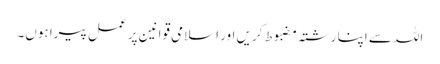
اللہ سے اپنا رشتہ مضبوط کریں اور اسلامی قوانین پر عمل پیرا ہوں۔